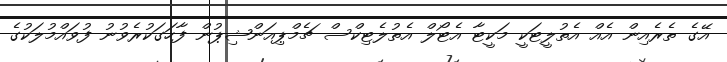
އޭގެ ތެރެއިން އެއް އެތުލީޓަކީ މަކީޓާ އެޓޯލް އެތުލެޓިކްސް ޗެމްޕިއަންޝިޕުން ފާހަގަކުރެވުނު ފުވައްމުލަކުގެ